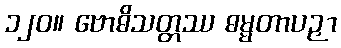
၁၂၀။ ဗောဓိသတ္တဿ ဓမ္မတာပဉှာ